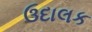
ઉદાલક